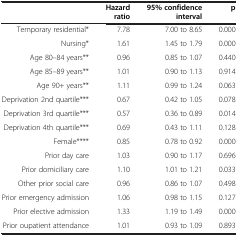
<table><thead><tr><td><b> </b></td><td><b>Hazard ratio</b></td><td><b>95%confidence interval</b></td><td><b>p</b></td></tr></thead><tbody><tr><td>Temporary residential*</td><td>7.78</td><td>7.00 to 8.65</td><td>0.000</td></tr><tr><td>Nursing*</td><td>1.61</td><td>1.45 to 1.79</td><td>0.000</td></tr><tr><td>Age 80–84 years**</td><td>0.96</td><td>0.85 to 1.07</td><td>0.440</td></tr><tr><td>Age 85–89 years**</td><td>1.01</td><td>0.90 to 1.13</td><td>0.914</td></tr><tr><td>Age 90+ years**</td><td>1.11</td><td>0.99 to 1.24</td><td>0.063</td></tr><tr><td>Deprivation 2nd quartile***</td><td>0.67</td><td>0.42 to 1.05</td><td>0.078</td></tr><tr><td>Deprivation 3rd quartile***</td><td>0.57</td><td>0.36 to 0.89</td><td>0.014</td></tr><tr><td>Deprivation 4th quartile***</td><td>0.69</td><td>0.43 to 1.11</td><td>0.128</td></tr><tr><td>Female****</td><td>0.85</td><td>0.78 to 0.92</td><td>0.000</td></tr><tr><td>Prior day care</td><td>1.03</td><td>0.90 to 1.17</td><td>0.696</td></tr><tr><td>Prior domiciliary care</td><td>1.10</td><td>1.01 to 1.21</td><td>0.033</td></tr><tr><td>Other prior social care</td><td>0.96</td><td>0.86 to 1.07</td><td>0.498</td></tr><tr><td>Prior emergency admission</td><td>1.06</td><td>0.98 to 1.15</td><td>0.127</td></tr><tr><td>Prior elective admission</td><td>1.33</td><td>1.19 to 1.49</td><td>0.000</td></tr><tr><td>Prior oupatient attendance</td><td>1.01</td><td>0.93 to 1.09</td><td>0.893</td></tr></tbody></table>